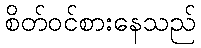
စိတ်ဝင်စားနေသည်